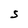
Character: S